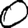
Digit: 0